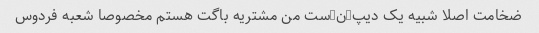
ضخامت اصلا شبیه یک دیپ-ن-ست من مشتریه باگت هستم مخصوصا شعبه فردوس